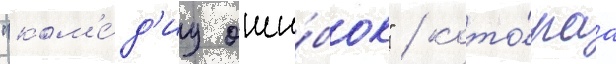
"ком'е́д'иу оши́бок" / кото́раа